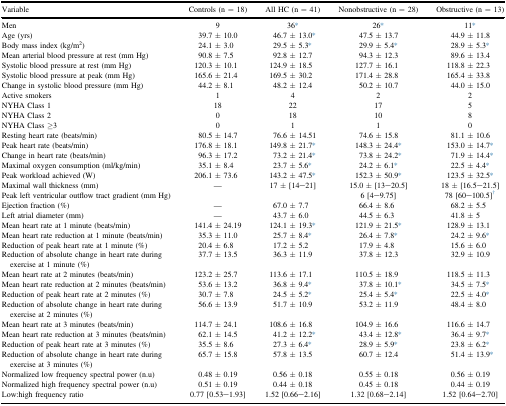
<table><thead><tr><td><b>Variable</b></td><td><b>Controls (n = 18)</b></td><td><b>All HC (n = 41)</b></td><td><b>Nonobstructive (n = 28)</b></td><td><b>Obstructive (n = 13)</b></td></tr></thead><tbody><tr><td>Men</td><td>9</td><td>36∗</td><td>26∗</td><td>11∗</td></tr><tr><td>Age (yrs)</td><td>39.7 ± 10.0</td><td>46.7 ± 13.0∗</td><td>47.5 ± 13.7</td><td>44.9 ± 11.8</td></tr><tr><td>Body mass index (kg/m<sup>2</sup>)</td><td>24.1 ± 3.0</td><td>29.5 ± 5.3∗</td><td>29.9 ± 5.4∗</td><td>28.9 ± 5.3∗</td></tr><tr><td>Mean arterial blood pressure at rest (mm Hg)</td><td>90.8 ± 7.5</td><td>92.8 ± 12.7</td><td>94.3 ± 12.3</td><td>89.6 ± 13.4</td></tr><tr><td>Systolic blood pressure at rest (mm Hg)</td><td>120.3 ± 10.1</td><td>124.9 ± 18.5</td><td>127.7 ± 16.1</td><td>118.8 ± 22.3</td></tr><tr><td>Systolic blood pressure at peak (mm Hg)</td><td>165.6 ± 21.4</td><td>169.5 ± 30.2</td><td>171.4 ± 28.8</td><td>165.4 ± 33.8</td></tr><tr><td>Change in systolic blood pressure (mm Hg)</td><td>44.2 ± 8.1</td><td>48.2 ± 12.4</td><td>50.2 ± 10.7</td><td>44.0 ± 15.0</td></tr><tr><td>Active smokers</td><td>1</td><td>4</td><td>2</td><td>2</td></tr><tr><td>NYHA Class 1</td><td>18</td><td>22</td><td>17</td><td>5</td></tr><tr><td>NYHA Class 2</td><td>0</td><td>18</td><td>10</td><td>8</td></tr><tr><td>NYHA Class ≥3</td><td>0</td><td>1</td><td>1</td><td>0</td></tr><tr><td>Resting heart rate (beats/min)</td><td>80.5 ± 14.7</td><td>76.6 ± 14.51</td><td>74.6 ± 15.8</td><td>81.1 ± 10.6</td></tr><tr><td>Peak heart rate (beats/min)</td><td>176.8 ± 18.1</td><td>149.8 ± 21.7∗</td><td>148.3 ± 24.4∗</td><td>153.0 ± 14.7∗</td></tr><tr><td>Change in heart rate (beats/min)</td><td>96.3 ± 17.2</td><td>73.2 ± 21.4∗</td><td>73.8 ± 24.2∗</td><td>71.9 ± 14.4∗</td></tr><tr><td>Maximal oxygen consumption (ml/kg/min)</td><td>35.1 ± 8.4</td><td>23.7 ± 5.6∗</td><td>24.2 ± 6.1∗</td><td>22.5 ± 4.4∗</td></tr><tr><td>Peak workload achieved (W)</td><td>206.1 ± 73.6</td><td>143.2 ± 47.5∗</td><td>152.3 ± 50.9∗</td><td>123.5 ± 32.5∗</td></tr><tr><td>Maximal wall thickness (mm)</td><td>—</td><td>17 ± [14–21]</td><td>15.0 ± [13–20.5]</td><td>18 ± [16.5–21.5]</td></tr><tr><td>Peak left ventricular outflow tract gradient (mm Hg)</td><td>[EMPTY_CELL]</td><td>[EMPTY_CELL]</td><td>6 [4–9.75]</td><td>78 [60–100.5]†</td></tr><tr><td>Ejection fraction (%)</td><td>—</td><td>67.0 ± 7.7</td><td>66.4 ± 8.6</td><td>68.2 ± 5.5</td></tr><tr><td>Left atrial diameter (mm)</td><td>—</td><td>43.7 ± 6.0</td><td>44.5 ± 6.3</td><td>41.8 ± 5</td></tr><tr><td>Mean heart rate at 1 minute (beats/min)</td><td>141.4 ± 24.19</td><td>124.1 ± 19.3∗</td><td>121.9 ± 21.5∗</td><td>128.9 ± 13.1</td></tr><tr><td>Mean heart rate reduction at 1 minute (beats/min)</td><td>35.3 ± 11.0</td><td>25.7 ± 8.4∗</td><td>26.4 ± 7.8∗</td><td>24.2 ± 9.6∗</td></tr><tr><td>Reduction of peak heart rate at 1 minute (%)</td><td>20.4 ± 6.8</td><td>17.2 ± 5.2</td><td>17.9 ± 4.8</td><td>15.6 ± 6.0</td></tr><tr><td>Reduction of absolute change in heart rate during exercise at 1 minute (%)</td><td>37.7 ± 13.5</td><td>36.3 ± 11.9</td><td>37.8 ± 12.3</td><td>32.9 ± 10.9</td></tr><tr><td>Mean heart rate at 2 minutes (beats/min)</td><td>123.2 ± 25.7</td><td>113.6 ± 17.1</td><td>110.5 ± 18.9</td><td>118.5 ± 11.3</td></tr><tr><td>Mean heart rate reduction at 2 minutes (beats/min)</td><td>53.6 ± 13.2</td><td>36.8 ± 9.4∗</td><td>37.8 ± 10.1∗</td><td>34.5 ± 7.5∗</td></tr><tr><td>Reduction of peak heart rate at 2 minutes (%)</td><td>30.7 ± 7.8</td><td>24.5 ± 5.2∗</td><td>25.4 ± 5.4∗</td><td>22.5 ± 4.0∗</td></tr><tr><td>Reduction of absolute change in heart rate during exercise at 2 minutes (%)</td><td>56.6 ± 13.9</td><td>51.7 ± 10.9</td><td>53.2 ± 11.9</td><td>48.4 ± 8.0</td></tr><tr><td>Mean heart rate at 3 minutes (beats/min)</td><td>114.7 ± 24.1</td><td>108.6 ± 16.8</td><td>104.9 ± 16.6</td><td>116.6 ± 14.7</td></tr><tr><td>Mean heart rate reduction at 3 minutes (beats/min)</td><td>62.1 ± 14.5</td><td>41.2 ± 12.2∗</td><td>43.4 ± 12.8∗</td><td>36.4 ± 9.7∗</td></tr><tr><td>Reduction of peak heart rate at 3 minutes (%)</td><td>35.5 ± 8.6</td><td>27.3 ± 6.4∗</td><td>28.9 ± 5.9∗</td><td>23.8 ± 6.2∗</td></tr><tr><td>Reduction of absolute change in heart rate during exercise at 3 minutes (%)</td><td>65.7 ± 15.8</td><td>57.8 ± 13.5</td><td>60.7 ± 12.4</td><td>51.4 ± 13.9∗</td></tr><tr><td>Normalized low frequency spectral power (n.u)</td><td>0.48 ± 0.19</td><td>0.56 ± 0.18</td><td>0.55 ± 0.18</td><td>0.56 ± 0.19</td></tr><tr><td>Normalized high frequency spectral power (n.u)</td><td>0.51 ± 0.19</td><td>0.44 ± 0.18</td><td>0.45 ± 0.18</td><td>0.44 ± 0.19</td></tr><tr><td>Low:high frequency ratio</td><td>0.77 [0.53–1.93]</td><td>1.52 [0.66–2.16]</td><td>1.32 [0.68–2.14]</td><td>1.52 [0.64–2.70]</td></tr></tbody></table>